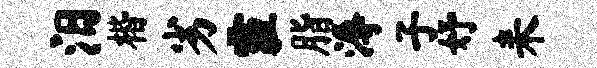
汨楷劣霾脂溽子妤耒